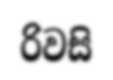
රිවසි